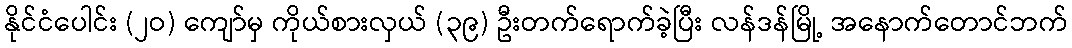
နိုင်ငံပေါင်း (၂ဝ) ကျော်မှ ကိုယ်စားလှယ် (၃၉) ဦးတက်ရောက်ခဲ့ပြီး လန်ဒန်မြို့ အနောက်တောင်ဘက်